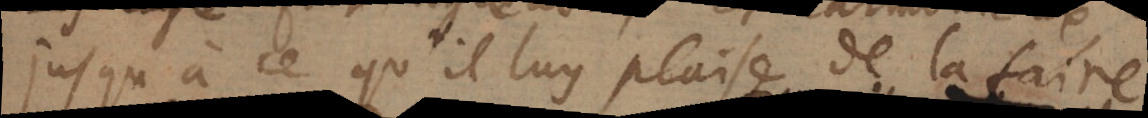
jusqu’à ce qu’il luy plaise de la faire